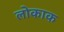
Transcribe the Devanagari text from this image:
लोकाक